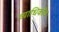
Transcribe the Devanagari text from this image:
व्याधिकीय